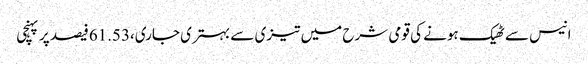
انیس سے ٹھیک ہونے کی قومی شرح میں تیزی سے بہتری جاری،61.53فیصد پر پہنچی